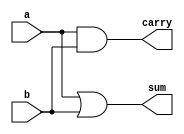
module half_add(a,b,carry,sum);
input a,b;
output carry,sum;
assign carry=a&&b;
assign sum=a||b;
endmodule